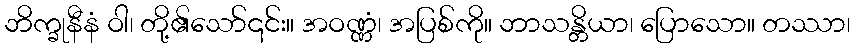
ဘိက္ခုနီနံ ဝါ၊ တို့၏သော်၎င်း။ အဝဏ္ဏံ၊ အပြစ်ကို။ ဘာသန္တိယာ၊ ပြောသော။ တဿာ၊